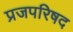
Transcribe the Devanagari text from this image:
प्रजपरिषद